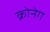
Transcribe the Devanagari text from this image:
क्रोनेग